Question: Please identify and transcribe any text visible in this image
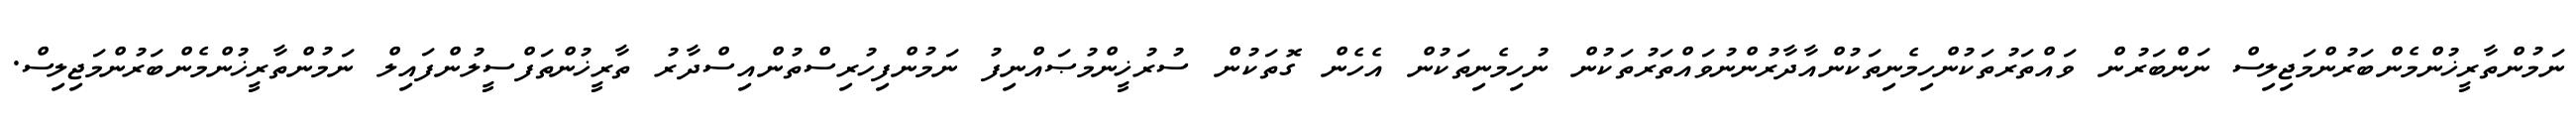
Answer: ނަމުންތާރީޚުންމެންބަރުންމަޖިލިސް ނަންބަރުން ވައްތަރުތަކުންހިމެނިތަކުންއާދާރުންނުވައްތަރުތަކުން ނުހިމެނިތަކުން އެހެން ގޮތަކުން ސުރުޚީންމުޞައްނިފު ނަމުންފިހުރިސްތުންއިސްދާރު ތާރީޚުންތަފްސީލުންފައިލް ނަމުންތާރީޚުންމެންބަރުންމަޖިލިސް.